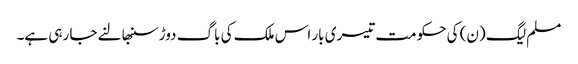
مسلم لیگ (ن) کی حکومت تیسری بار اس ملک کی باگ دوڑ سنبھالنے جا رہی ہے۔